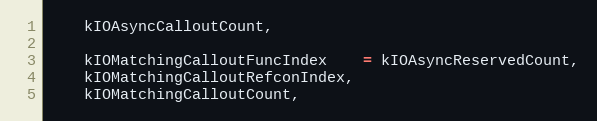
Language: C
    kIOAsyncCalloutCount,

    kIOMatchingCalloutFuncIndex	= kIOAsyncReservedCount,
    kIOMatchingCalloutRefconIndex,
    kIOMatchingCalloutCount,